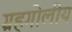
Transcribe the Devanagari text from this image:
ग्रहगोलीय